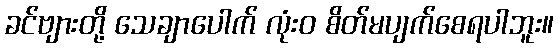
ခင်ဗျားတို့ သေချာပေါက် လုံးဝ စိတ်မပျက်စေရပါဘူး။